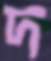
দ